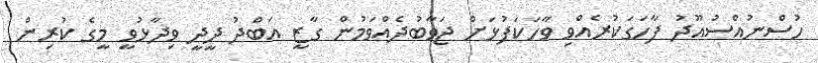
ހުސްނުއްސުއޫދު ފާހަގަކުރެއްވި ވާހަކަފުޅަށް ޖަވާބުދެއްވަމުން ގާޒީ އަބްދު ދީދީ ވިދާޅުވީ މީގެ ކުރިން